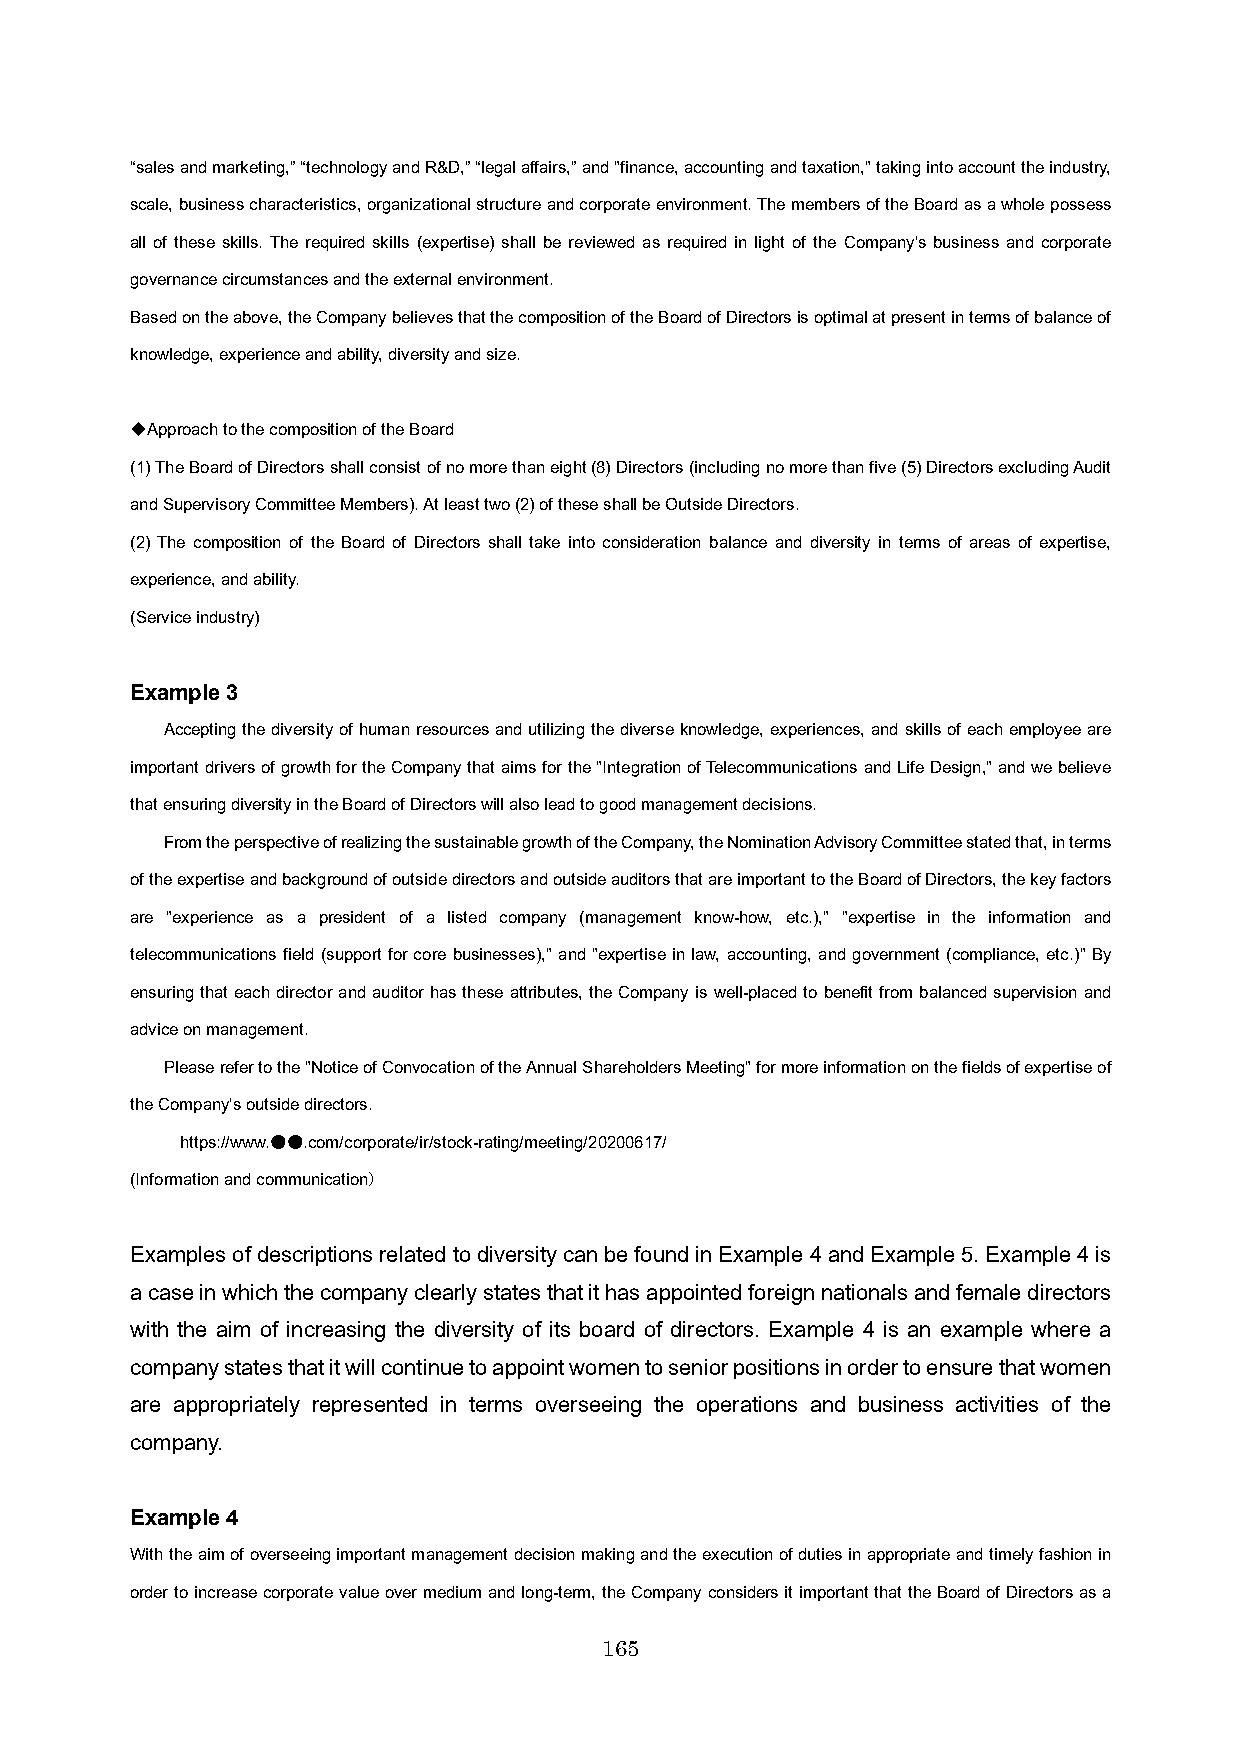
“sales and marketing,” “technology and R&D,” “legal affairs,” and "finance, accounting and taxation," taking into account the industry,
 scale, business characteristics, organizational structure and corporate environment. The members of the Board as a whole possess
 all of these skills. The required skills (expertise) shall be reviewed as required in light of the Company's business and corporate
 governance circumstances and the external environment.
 Based on the above, the Company believes that the composition of the Board of Directors is optimal at present in terms of balance of
 knowledge, experience and ability, diversity and size.
 ◆Approach to the composition of the Board
 (1) The Board of Directors shall consist of no more than eight (8) Directors (including no more than five (5) Directors excluding Audit
 and Supervisory Committee Members). At least two (2) of these shall be Outside Directors.
 (2) The composition of the Board of Directors shall take into consideration balance and diversity in terms of areas of expertise,
 experience, and ability.
 (Service industry)
 Example 3
 Accepting the diversity of human resources and utilizing the diverse knowledge, experiences, and skills of each employee are
 important drivers of growth for the Company that aims for the "Integration of Telecommunications and Life Design," and we believe
 that ensuring diversity in the Board of Directors will also lead to good management decisions.
 From the perspective of realizing the sustainable growth of the Company, the Nomination Advisory Committee stated that, in terms
 of the expertise and background of outside directors and outsideauditors that are important to the Board of Directors, the key factors
 are "experience as a president of a listed company (management know-how, etc.)," "expertise in the information and
 telecommunications field (support for core businesses)," and "expertise in law, accounting, and government (compliance, etc.)" By
 ensuring that each director and auditor has these attributes, the Company is well-placed to benefit from balanced supervision and
 advice on management.
 Please refer to the "Notice of Convocation of the Annual Shareholders Meeting" for more information on the fields of expertise of
 the Company's outside directors.
 https://www.●●.com/corporate/ir/stock-rating/meeting/20200617/
 (Information and communication）
 Examples of descriptions related to diversity can be found in Example 4 and Example 5. Example 4 is
 a case in which the company clearly states that it has appointed foreign nationals and female directors
 with the aim of increasing the diversity of its board of directors. Example 4 is an example where a
 company states that it will continue to appoint women to senior positions in order to ensure that women
 are appropriately represented in terms overseeing the operations and business activities of the
 company.
 Example 4
 With the aim of overseeing important management decision making and the execution of duties in appropriate and timely fashionin
 order to increase corporate value over medium and long-term, the Company considers it important that the Board of Directors as a
 165